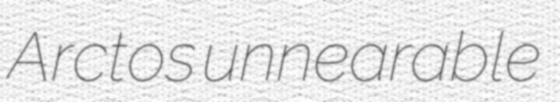
Arctos unnearable